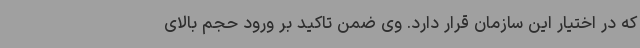
که در اختیار این سازمان قرار دارد. وی ضمن تاکید بر ورود حجم بالای